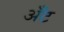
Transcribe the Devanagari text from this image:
अँट